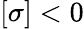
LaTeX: [\sigma]<0